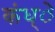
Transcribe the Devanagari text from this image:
कंध्े